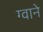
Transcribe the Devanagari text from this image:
ग्वाने